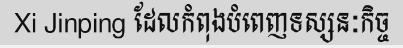
Xi Jinping ដែលកំពុងបំពេញទស្សនៈកិច្ច